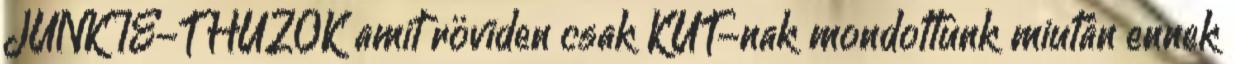
JUNKIE-T HÚZOK amit röviden csak KÚT-nak mondottunk miután ennek